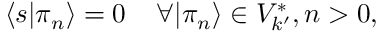
\langle s | \pi _ { n } \rangle = 0 \; \; \; \; \forall | \pi _ { n } \rangle \in V _ { k ^ { \prime } } ^ { * } , n > 0 ,